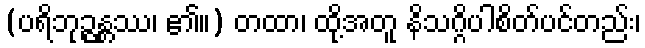
(ပရိဘုဉ္ဇန္တဿ၊ ၏။) တထာ၊ ထို့အတူ နိသဂ္ဂိပါစိတ်ပင်တည်း၊